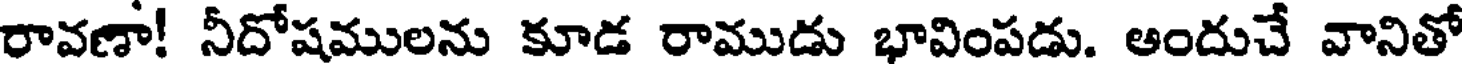
రావణా! నీదోషములను కూడ రాముడు భావింపడు. అందుచే వానితో